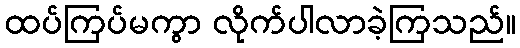
ထပ်ကြပ်မကွာ လိုက်ပါလာခဲ့ကြသည်။